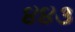
૪૪૩